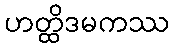
ဟတ္ထိဒမကဿ